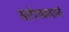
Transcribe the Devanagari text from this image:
स्तोत्रपठणाने